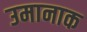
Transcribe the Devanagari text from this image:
उमानाक